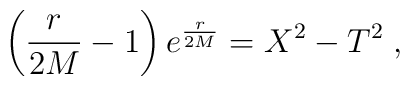
\left({r\over 2M}-1\right)e^{{r\over 2M}}=X^2-T^2\;,